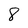
Character: 8